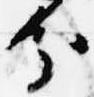
分